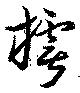
樗